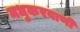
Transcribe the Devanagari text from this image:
मधुकरवाणी